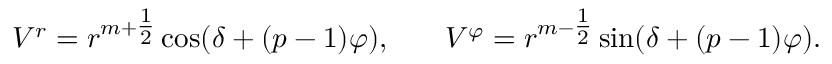
\begin{array} { c c c } { { V ^ { r } = r ^ { m + { \textstyle { \frac { 1 } { 2 } } } } \cos ( \delta + ( p - 1 ) \varphi ) , } } & { { } } & { { V ^ { \varphi } = r ^ { m - { \textstyle { \frac { 1 } { 2 } } } } \sin ( \delta + ( p - 1 ) \varphi ) . } } \end{array}